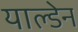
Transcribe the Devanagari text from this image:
याल्डेन